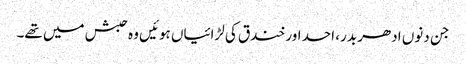
جن دنوں ادھر بدر، احد اور خندق کی لڑائیاں ہوئیں وہ حبش میں تھے۔